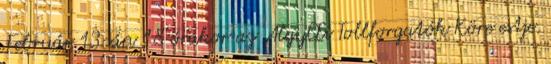
Február 13-án 18 órakor az AlgyŒi Tollforgatók Köre estje.